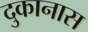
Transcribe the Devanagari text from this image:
दुकानास